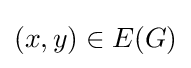
(x,y)\in E(G)